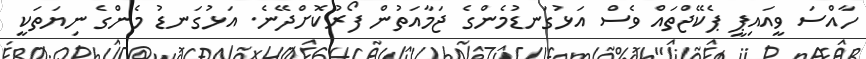
ހާއްސަ ވީއައިޕީ ޕެކޭޖްތައް ވެސް އަޅުގަނޑުމެންގެ ޖަމާއަތުން ފޯރުކޮށްދޭނެ. އަޅުގަނޑު މެންގެ ނިޔަތަކީ